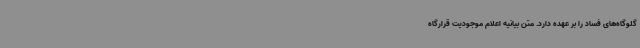
گلوگاه‌های فساد را بر عهده دارد. متن بیانیه اعلام موجودیت قرارگاه